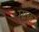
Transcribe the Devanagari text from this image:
माकू